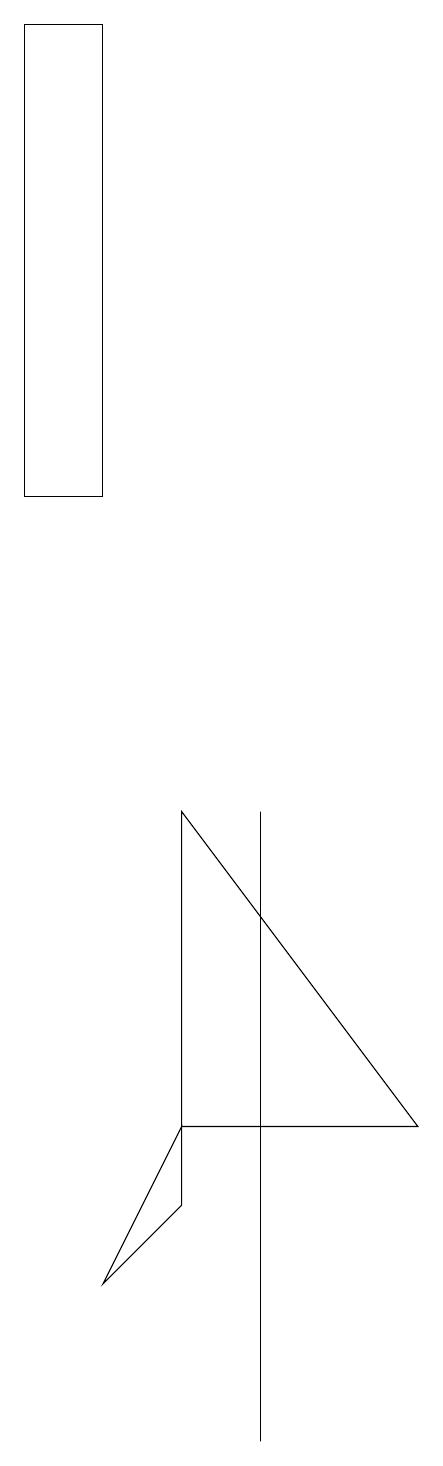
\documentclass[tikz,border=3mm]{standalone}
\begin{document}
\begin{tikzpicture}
\draw (1,19) rectangle (2,13);
\draw (2,3) -- (3,4) -- (3,5) -- cycle;
\draw (6,5) -- (3,9) -- (3,5) -- cycle;
\draw (4,8) -- (4,1) -- (4,9) -- cycle;
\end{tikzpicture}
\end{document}